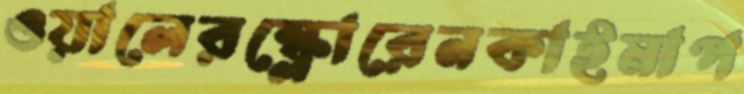
ওয়ালেরস্ক্লোরেনকাইমাপ